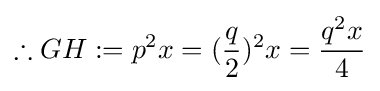
\therefore GH:=p^{2}x=({\frac {q}{2}})^{2}x={\frac {q^{2}x}{4}}